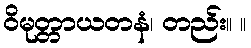
ဝိမုတ္တာယတနံ၊ တည်း။ ။